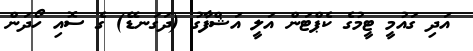
އަދި ގައުމީ ޓީމުގެ ކެޕްޓަން އަލީ އަޝްފާގު (ދަގަނޑޭ) ގެ ސޮއި ހޯދަން